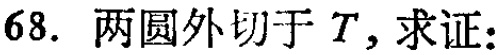
68. 两圆外切于 \(T\)，求证：